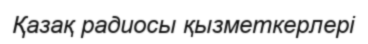
Қазақ радиосы қызметкерлері